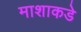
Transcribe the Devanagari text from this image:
माशाकडे